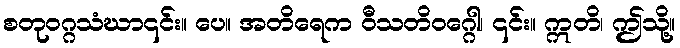
စတုဝဂ္ဂသံဃာ၎င်း။ ပေ။ အတိရေက ဝီသတိဝဂ္ဂေါ၊ ၎င်း။ ဣတိ၊ ဤသို့။